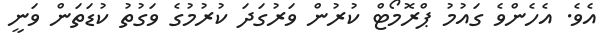
އެވެ. އެހެންވެ ގައުމު ޕްރޮމޯޓް ކުރުން ވަރުގަދަ ކުރުމުގެ ވަގުތު ކުޑަތަން ވަނީ